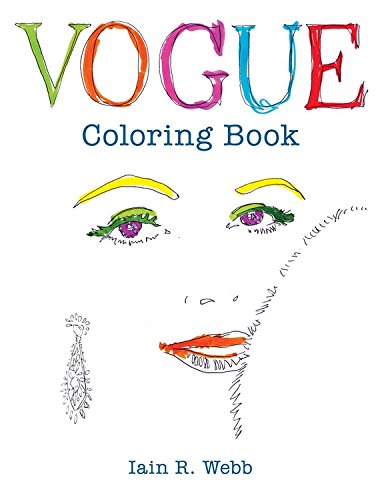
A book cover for Vogue Coloring Book; VOGUE; Humor & Entertainment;